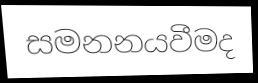
සමනනයවීමද